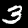
Digit: 3